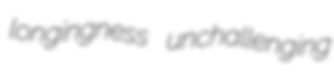
longingness unchallenging